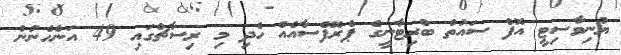
ޔުނިވާސިޓީ އޮފް ސައުތް ބްރިޓާނީގެ ޕްރޮފެސާއެއް ހެދި މި ރިސާޗްގައި 49 އަންހެނުން